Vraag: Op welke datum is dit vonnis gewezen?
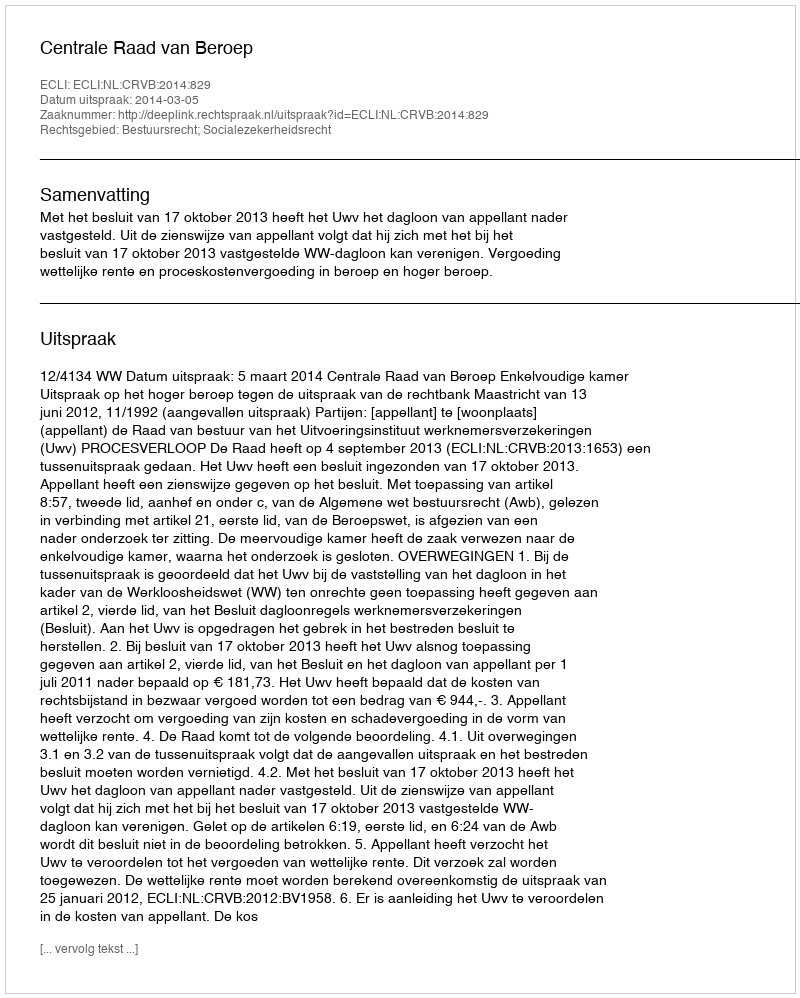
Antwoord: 2014-03-05